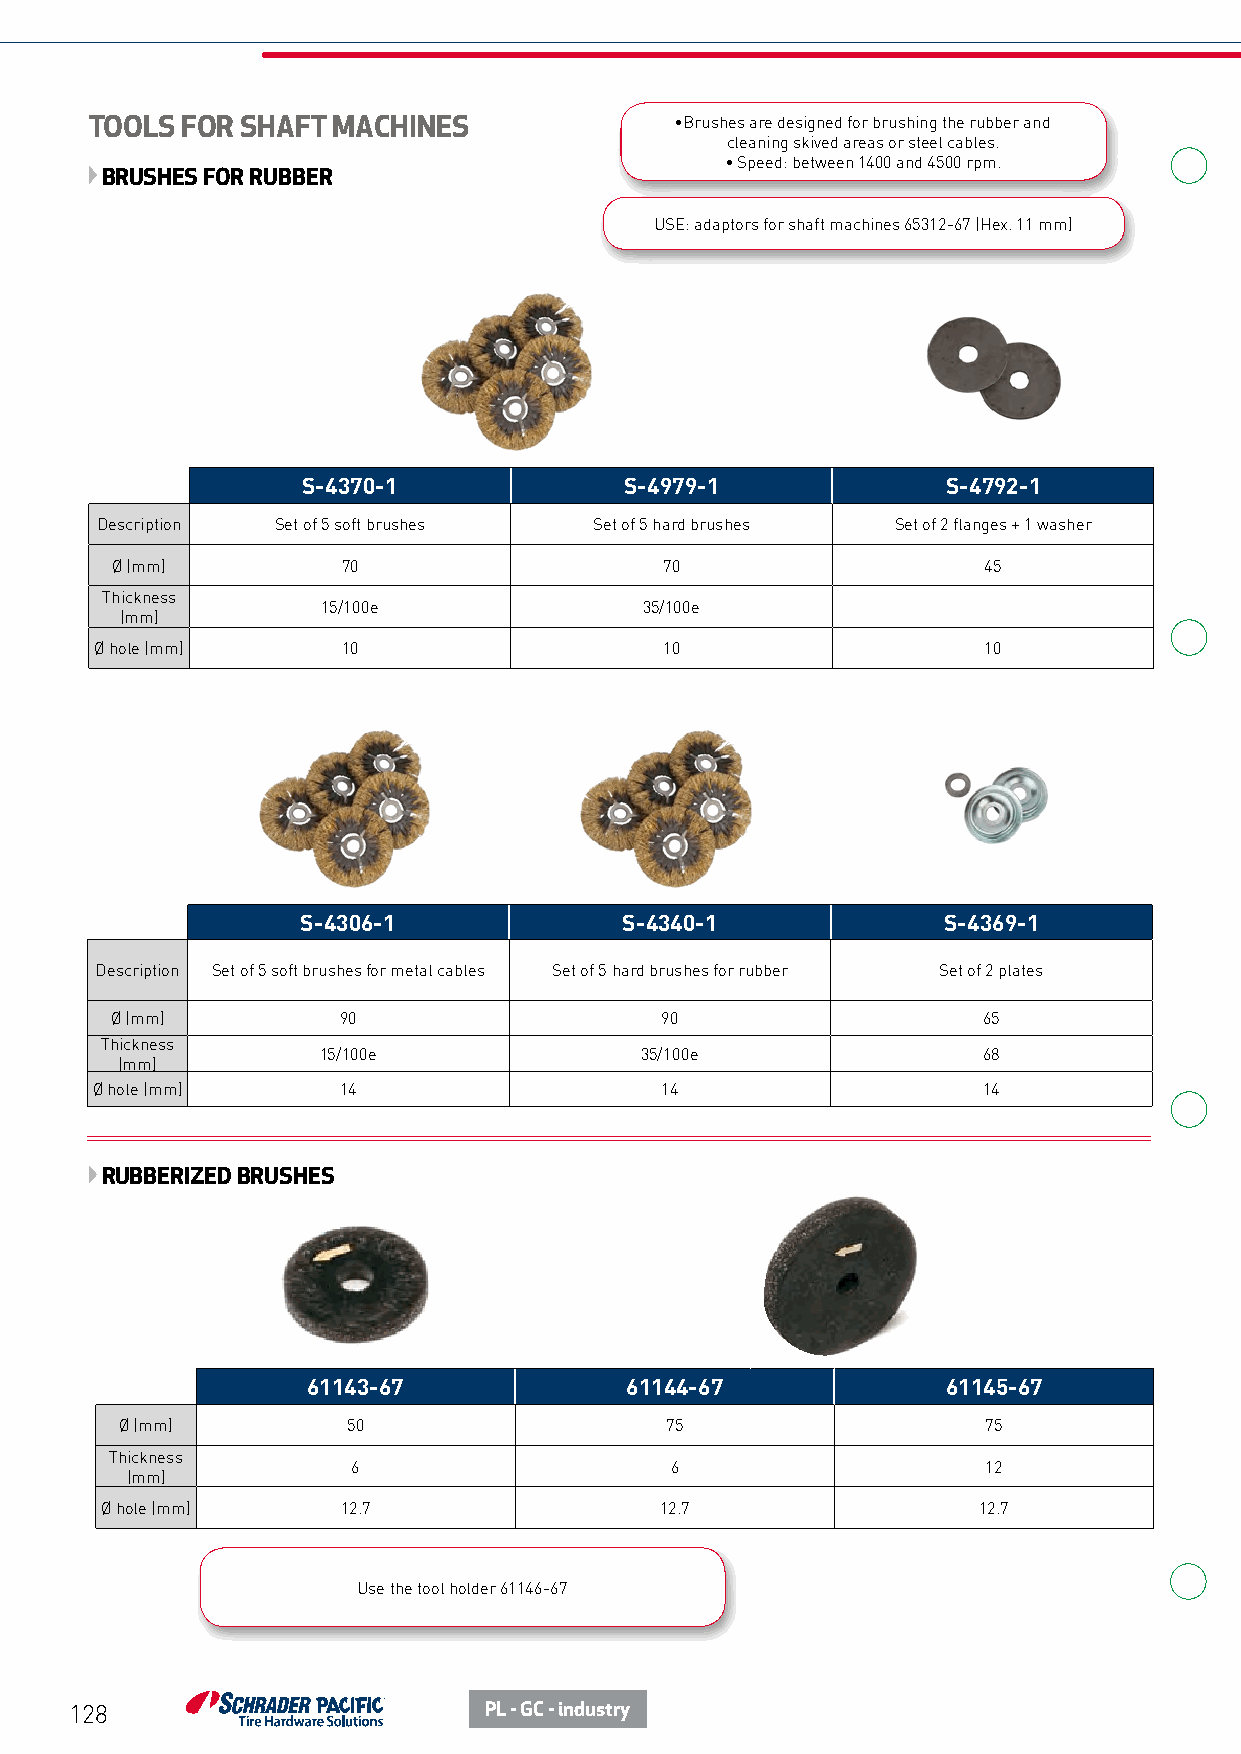
TOOLS FOR SHAFT MACHINES               •Brushes are designed for brushing the rubber and
 cleaning skived areas or steel cables.
 • Speed: between 1400 and 4500 rpm.
 BRUSHES FOR RUBBER
 USE: adaptors for shaft machines 65312-67 (Hex. 11 mm)
 S-4370-1             S-4979-1              S-4792-1
 Description Set of 5 soft brushes Set of 5 hard brushes Set of 2 flanges + 1 washer
 Ø (mm)          70                   70                   45
 Thickness
 15/100e               35/100e
 (mm)
 Ø hole (mm)      10                   10                   10
 S-4306-1             S-4340-1             S-4369-1
 Description Set of 5 soft brushes for metal cables Set of 5 hard brushes for rubber Set of 2 plates
 Ø (mm)         90                    90                   65
 Thickness
 15/100e              35/100e                68
 (mm)
 Ø hole (mm)     14                    14                   14
 RUBBERIZED BRUSHES
 61143-67             61144-67              61145-67
 Ø (mm)         50                   75                   75
 Thickness
 6                    6                    12
 (mm)
 Ø hole (mm)     12.7                 12.7                 12.7
 Use the tool holder 61146-67
 128                        PL - GC - industry